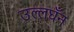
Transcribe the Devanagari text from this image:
उल्लघँन